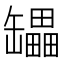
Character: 𰭇